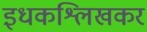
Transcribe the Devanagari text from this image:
इधकश्लिखकर